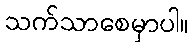
သက်သာစေမှာပါ။